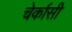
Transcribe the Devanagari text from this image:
चेर्कासी